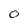
Character: O